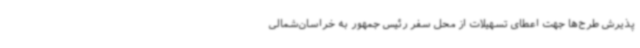
پذیرش طرح‌ها جهت اعطای تسهیلات از محل سفر رئیس جمهور به خراسان‌شمالی